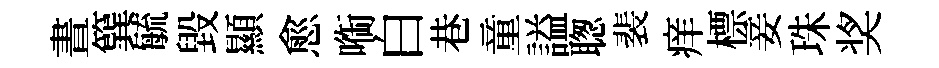
晝簨毓毀顯愈㗸白巷童謚聦裴痒標妾珠奖